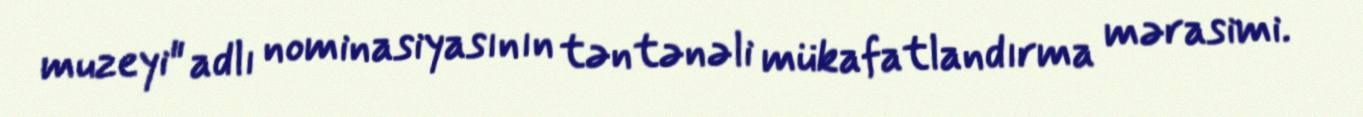
muzeyi" adlı nominasiyasının təntənəli mükafatlandırma mərasimi.